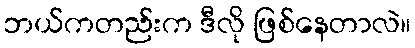
ဘယ်ကတည်းက ဒီလို ဖြစ်နေတာလဲ။